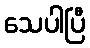
သေပါပြီ